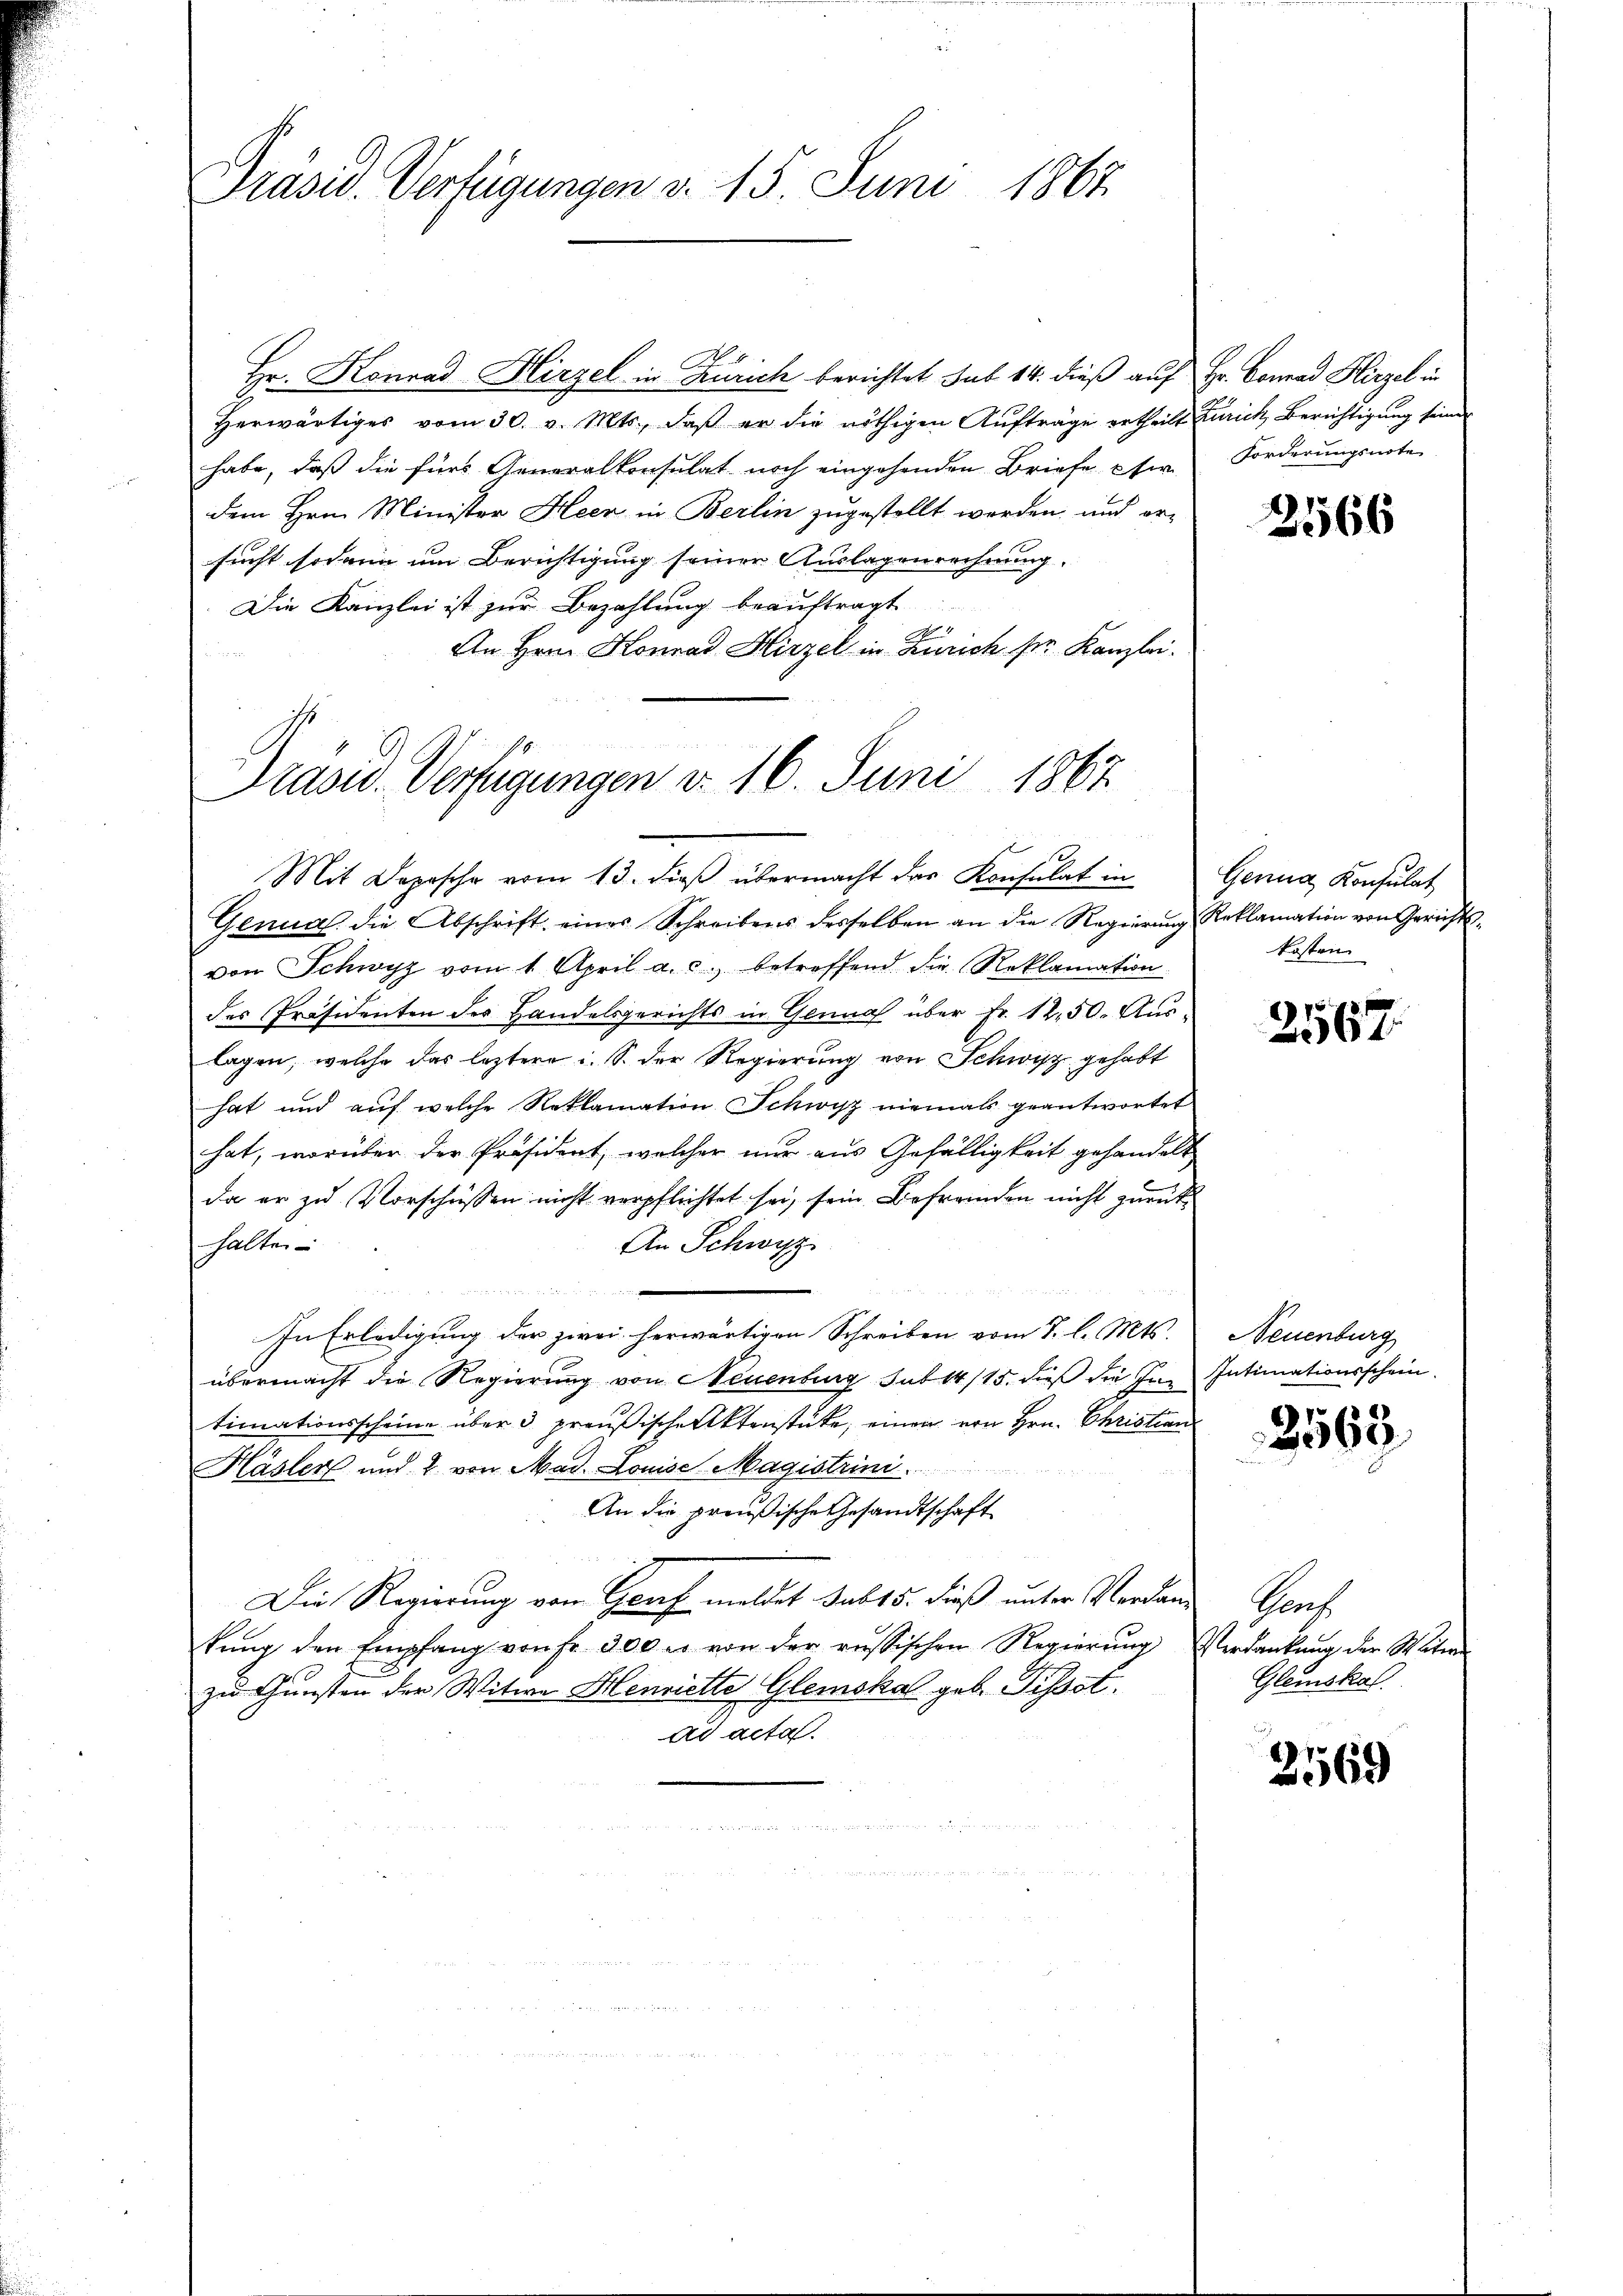
Präsid. Verfügungen d. 15. Juni 1867.

N 1
Hr. Konrad Hirzel in Zürich berichtet sub 14. dieß auf Hr. Conrad Hirzel in
Herwärtiges vom 30. v. Mts., daß er die nöthigen Aufträge ertheilt zurich, Berichtigung seiner
habe, daß die fürs Generalkonsulat noch eingehenden Briefe etw
dem Hrn. Minister Heer in Berlin zugestellt werden, und ersucht sodann um Berichtigung seiner Auslagenrechnung.
Die Kanzlei ist zur Bezahlung beauftragt
An Hrrn. Konrad Hirzel in Zürich ser Kanzlei.

rasid. Verfügungen d. 16. Juni 1867
Mit Deposche vom 13. dieβ übermacht der Konsulat in Gerina Konsulat

Genua die Abschrift eines Schreibens desselben an die Regierŭng Reklamation von Gerichts-
von Schwyz vom 1. April a. c. betreffend die Reklamation
des Präsidenten des Handelsgerichts in Genual über Fr. 1250. Aus-
lagen, welche das leztere u. S. der Regierung von Schwisz gehabt
hat und auf welche Reklamation Schwisz niemals geantwortet
hat, worüber der Präsident, welcher nur aus Gefälligkeit gehandelt
da er zu Vorschüssen nicht verpflichtet sei, sein Befremden nicht zurück
halten
An Schwyz
¬
In Erledigung der zwei herwärtigen Schreiben vom 7. l. Mts.
übermacht die Regierung von Neuenburg sub 14/15. dieß die Im Intimationsschein.
timationsscheine über 3 preußische Aktenstücke, einen von Hrn. Christan
Häsler und 2 von Mad. Louise Magistrini
An die preußische Gesandtschaft
Die Regierung von Genf meldet sub 15. dieß unter Verdankŭng den Empfang von fr. 300 u. von der russischen Regierŭng Verdankŭng der Witwe
zu Gunsten der Witwe Henriette Glemskal geb. Tissot.
ad acta.

Forderungsnote

2166

kosten

2567.

Neuenburg

3563

Saat
Gleiskal

2569